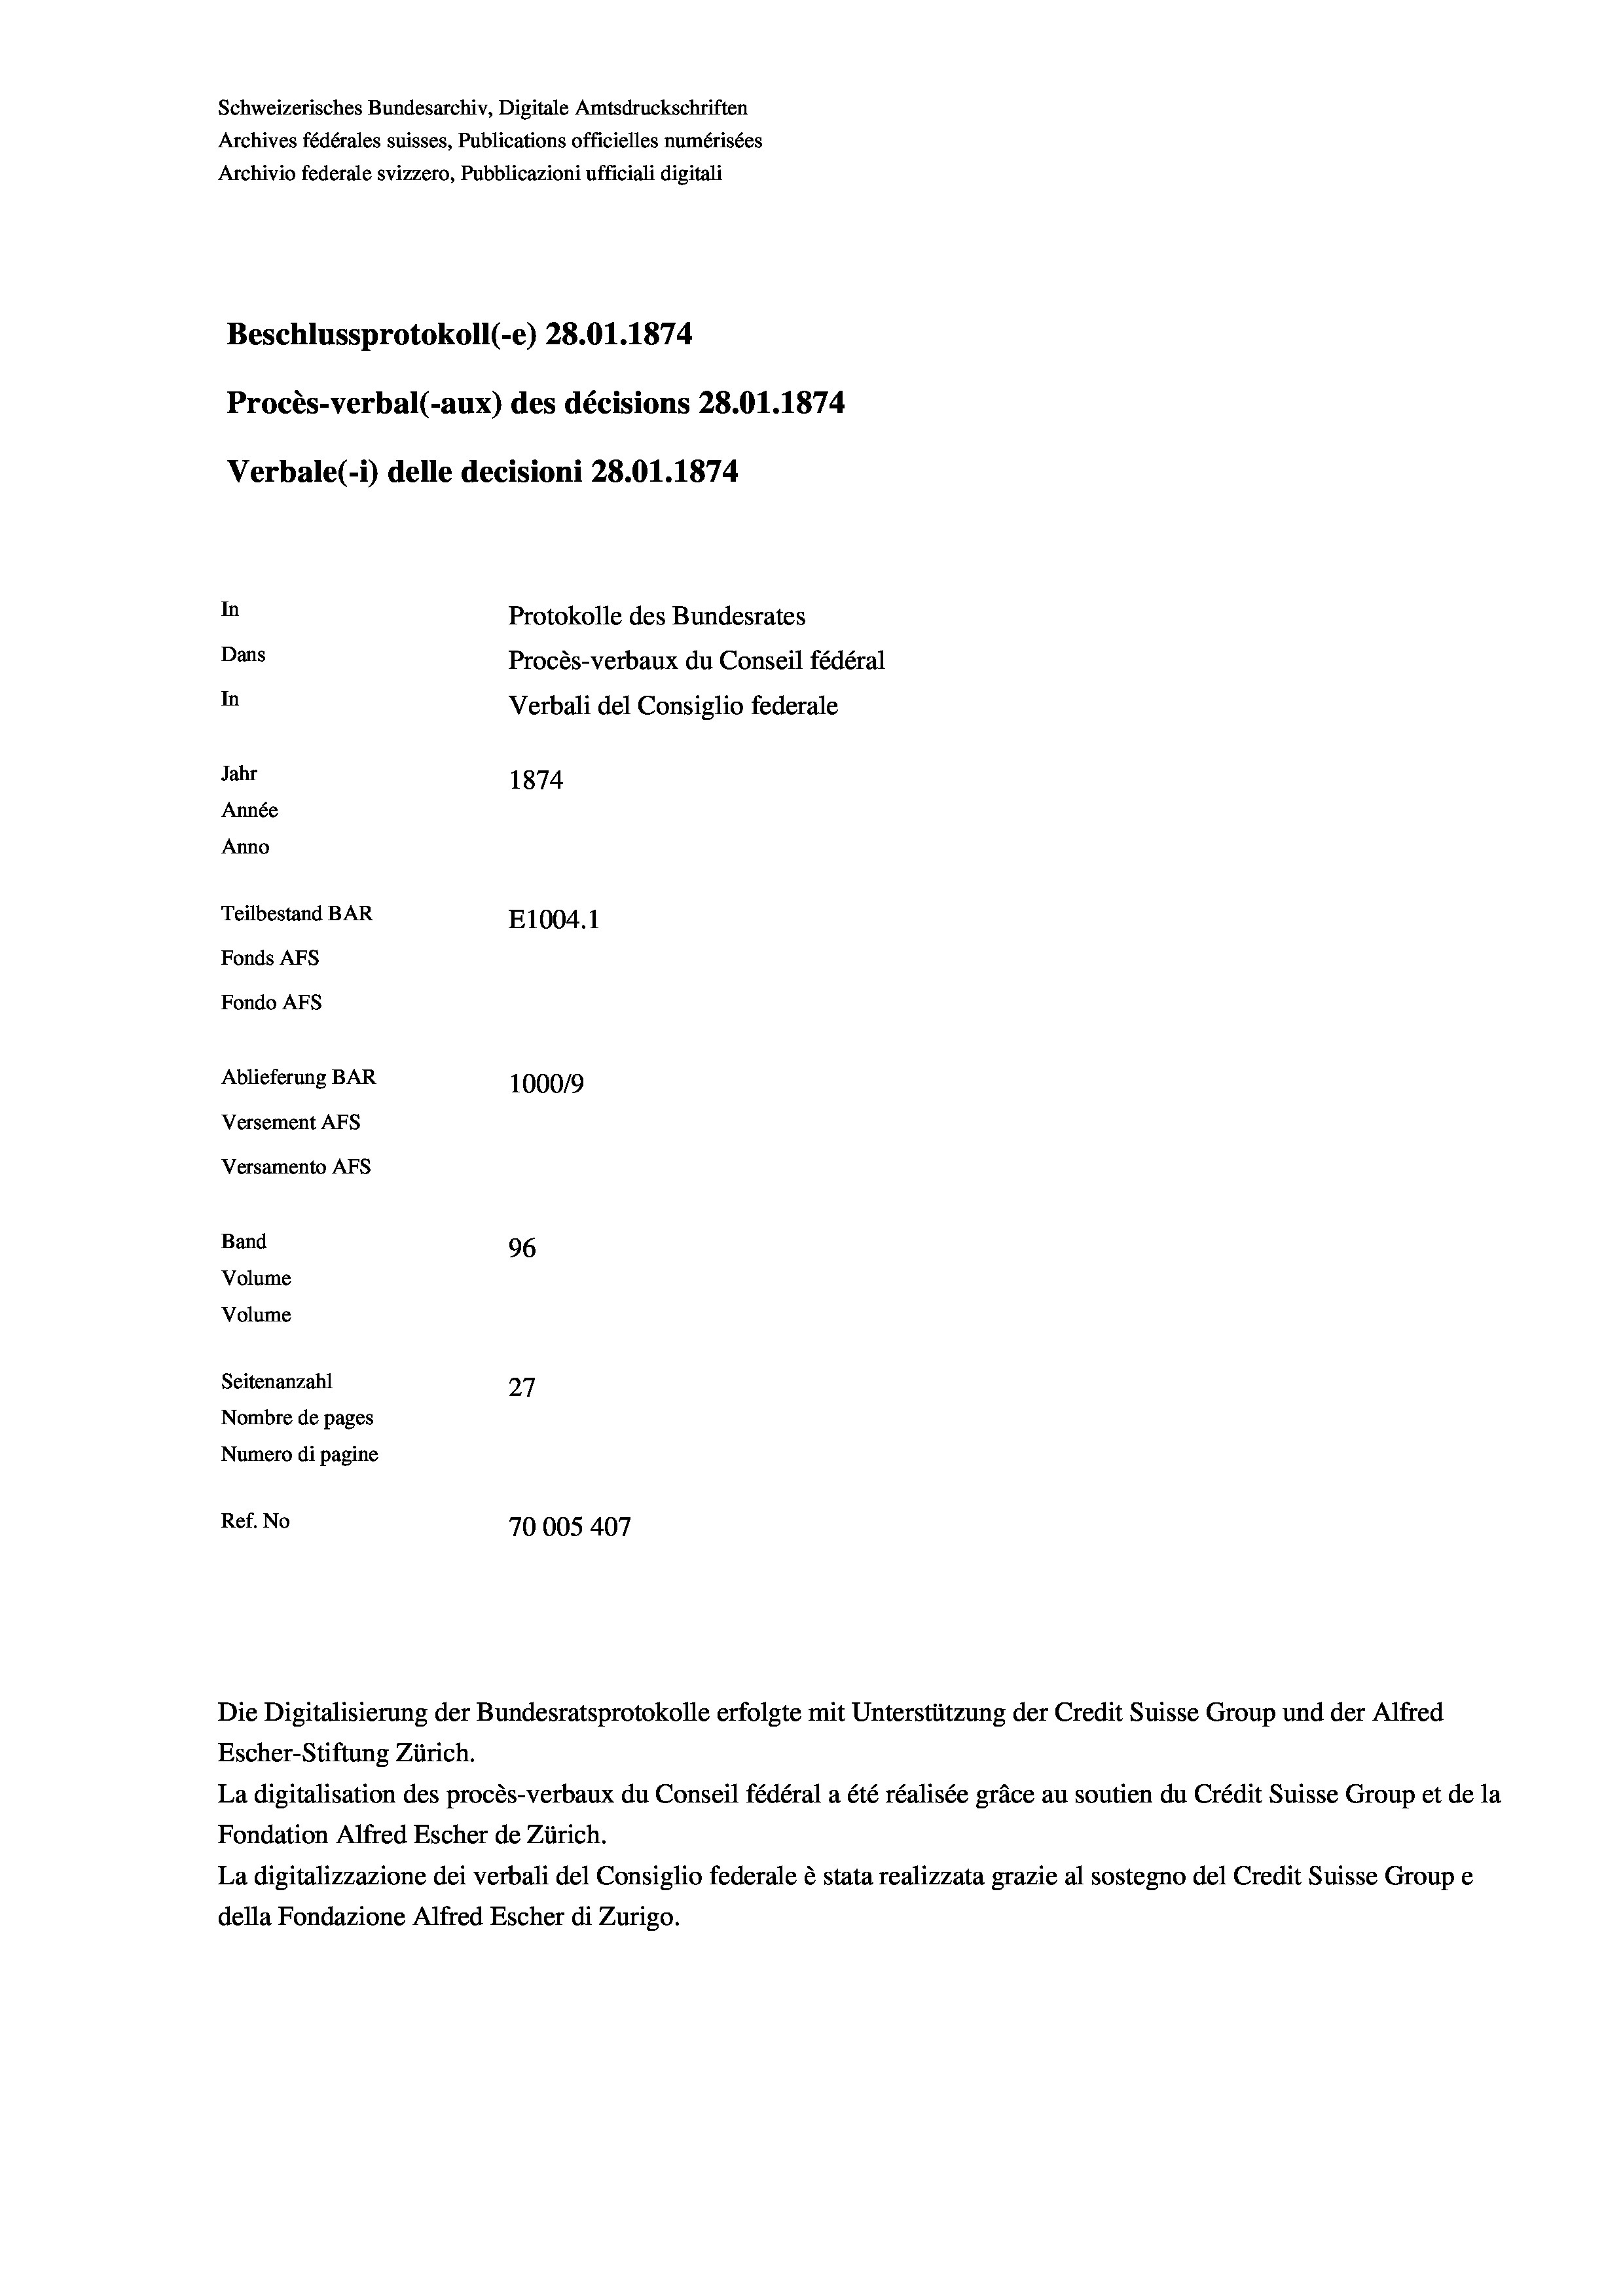
Schweizerisches Bundesarchiv, Digitale Amtsdruckschriften
Archives fédérales suisses, Publications officielles numérisées
Archivio federale svizzero, Pubblicazioni ufficiali digitali
Beschlussprotokoll (-e) 28.01. 1874.
Procès-verbal (-aux) des décisions 28.01. 1874
Verbale(-*) delle decisioni 28.01. 1874
In
Protokolle des Bundesrates
Dans
Procès-verbaux du Conseil fédéral
In
Verbali del Consiglio federale
Jahr
1874
Année
Anno
Teilbestand BAR
E1004. 1
Fonds AFs
Fondo AFs
Ablieferung BAR
100019
Versement Abs
Versamento Afs
Band
96
Volume
Volume
Seitenanzahl
27
Nombre de pages
Numero di pagine
Ref. No
70005407

Escher-Stiftung Zürich.
La digitalisation des procès-verbaux du Conseil fédéral a été réalisée gräce au soutien du Crédit Suisse Group et de la
Fondation Alfred Escher de Zürich.
La digitalizzazione dei verbali del Consiglio federale è stata realizzata grazie al sostegno del Credit Suisse Groupe
della Fondazione Alfred Escher di Zurigo.

Die Digitalisierung der Bundesratsprotokolle erfolgte mit Unterstützung der Credit Suisse Group und der Alfred